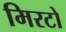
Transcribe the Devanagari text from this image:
मिरटो